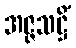
အဇ္ဇသဋ္ဌိံ